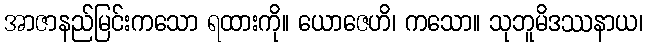
အာဇာနည်မြင်းကသော ရထားကို။ ယောဇေဟိ၊ ကသော။ သုဘူမိဒဿနာယ၊